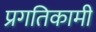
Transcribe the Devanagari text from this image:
प्रगतिकामी